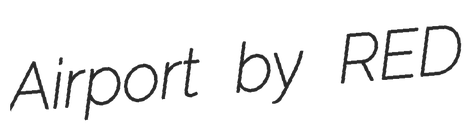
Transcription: Airport by RED